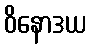
ဝိနောဒယ